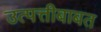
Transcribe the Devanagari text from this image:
उत्पत्तीबाबत